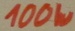
Text: 100W